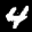
Label: 4